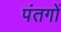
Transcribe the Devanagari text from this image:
पंतगों